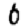
Digit: 0